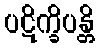
ပဋိက္ခိပန္တိ